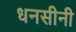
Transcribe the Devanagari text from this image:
धनसीनी